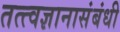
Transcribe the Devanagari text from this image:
तत्त्वज्ञानासंबंधी